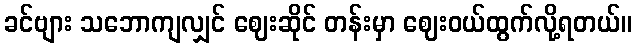
ခင်ဗျား သဘောကျလျှင် ဈေးဆိုင် တန်းမှာ ဈေးဝယ်ထွက်လို့ရတယ်။